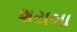
શરાબા